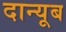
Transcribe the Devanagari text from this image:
दान्यूब